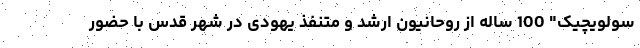
سولویچیک" 100 ساله از روحانیون ارشد و متنفذ یهودی در شهر قدس با حضور